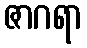
ဇာဂရာ